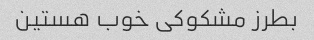
بطرز مشکوکی خوب هستین